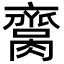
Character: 𦠕